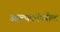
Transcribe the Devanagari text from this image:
आल्फानॅप्थील